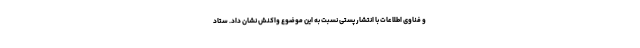
و فناوی اطلاعات با انتشار پستی نسبت به این موضوع واکنش نشان داد. ستاد